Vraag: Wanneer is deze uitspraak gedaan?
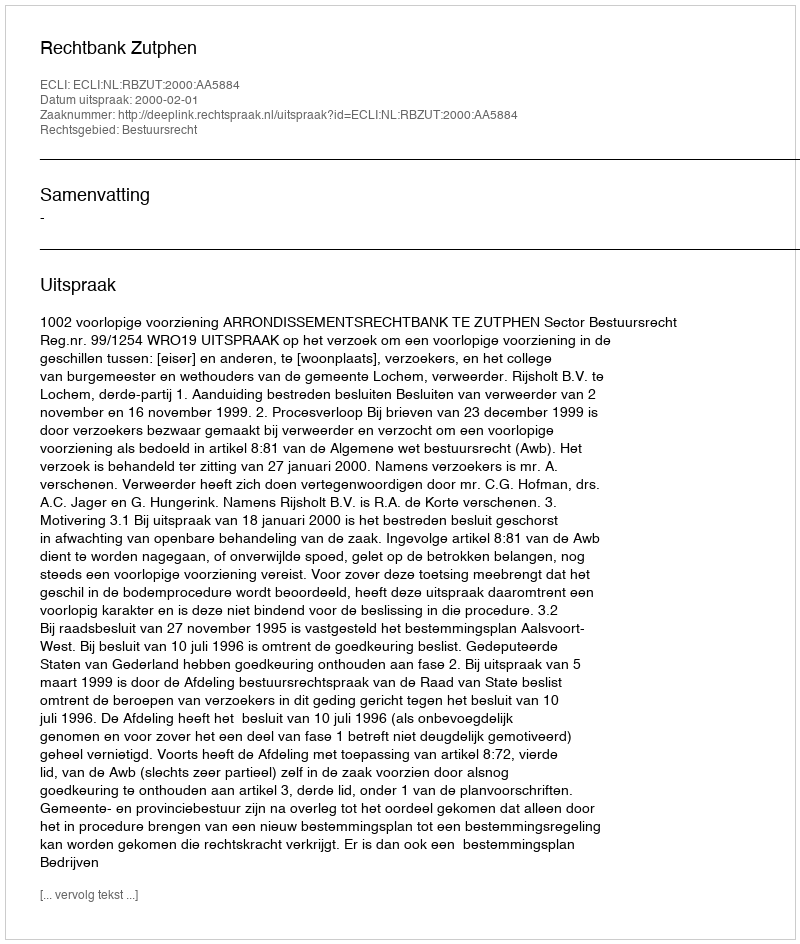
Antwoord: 2000-02-01